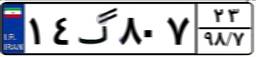
۱۴گ۸۰۷۲۳